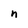
Character: n